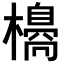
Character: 𣝼